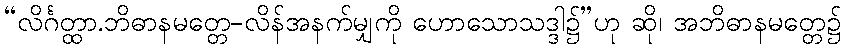
“လိင်္ဂတ္ထာ.ဘိဓာနမတ္တေ-လိန်အနက်မျှကို ဟောသောသဒ္ဒါ၌”ဟု ဆို၊ အဘိဓာနမတ္တေ၌